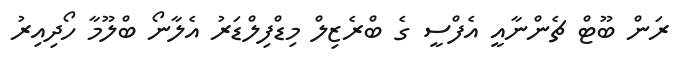
ރަން ބޫޓް ޗެންނާއީ އެފްސީ ގެ ބްރެޒިލް މިޑްފިލްޑަރު އެލާނޯ ބްލޫމާ ހޯދިއިރު